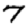
Digit: 7